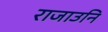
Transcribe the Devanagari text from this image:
राजाउनि